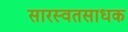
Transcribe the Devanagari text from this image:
सारस्वतसाधक